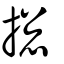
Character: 摠